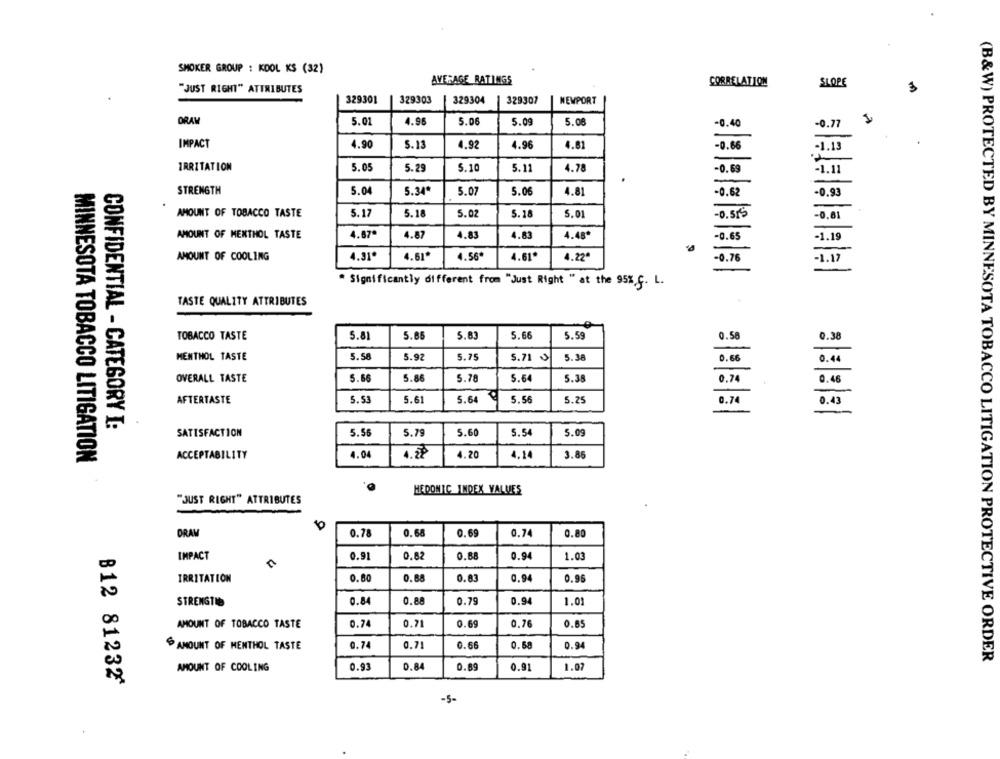
SMOKER GROUP : KDOL KS (32)
AVERAGE RATINGS
CORRELATION
SLOPE
"JUST RIGHT" ATTRIBUTES
329301
329303
329304
329307
NEWPORT
DRAW
5.01
4.96
5.06
5.09
5.08
-0.40
-0.77
IMPACT
4.90
5.13
4.92
4.96
4.81
-0.66
-1.13
IRRITATION
5.05
5.29
5.10
5.11
4.78
-0.69
-1.11
STRENGTH
5.04
5.34*
5.07
5.06
4.81
-0.62
-0.93
5.17
5.18
5.02
AMOUNT OF TOBACCO TASTE
5.18
5.01
-0.515
-0.81
AMOUNT OF MENTHOL TASTE
4.87
4.83
4.63
4.48
-0.65
-1.19
AMOUNT OF COOLING
4.31*
4.61*
4.56*
4.61*
4.22ª
-0.76
" Significantly different from "Just Right " at the 95% G. L.
TASTE QUALITY ATTRIBUTES
5.85
5.83
5.66
5.59
0.58
TOBACCO TASTE
5.81
0.38
MENTHOL TASTE
5.58
5.92
5.75
5.71
5.38
0.66
0.44
OVERALL TASTE
5.66
5.86
5.78
5.54
5.38
0.74
0.45
AFTERTASTE
5.53
5.61
5.64
5.56
5.25
0.7
0.43
-
CONFIDENTIAL - CATEGORY I:
5.56
5.7
5.60
5.54
5.09
SATISFACTION
ACCEPTABILITY
4.04
4.28
4.20
4.14
3.86
MINNESOTA TOBACCO LITIGATION
HEDONIC INDEX VALUES
"JUST RIGHT" ATTRIBUTES
DRAM
0.78
0.68
0.69
0.74
0.80
0.82
0.94
IMPACT
0.91
0.BB
1.03
IRRITATION
0.80
0.68
0.83
0.94
0.96
0.84
0.88
0.79
0.94
STRENGTIO
1.01
0.74
0.71
0.69
0.76
0.85
AMOUNT OF TOBACCO TASTE
0.74
0.71
0.66
0.68
0.94
AMOUNT OF MENTHOL TASTE
(B&W) PROTECTED BY MINNESOTA TOBACCO LITIGATION PROTECTIVE ORDER
AMOUNT OF COOLING
0.93
0.84
0.89
0.9
1.07
812 81232*
-5-